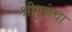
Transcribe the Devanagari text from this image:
श्रीगुरूंचा